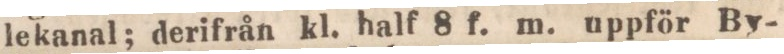
lekanal; derifrån kl. half 8 f. m. uppför By-